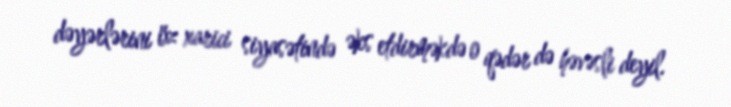
dəyərlərini öz xarici siyasətində əks etdirməkdə o qədər də həvəsli deyil.